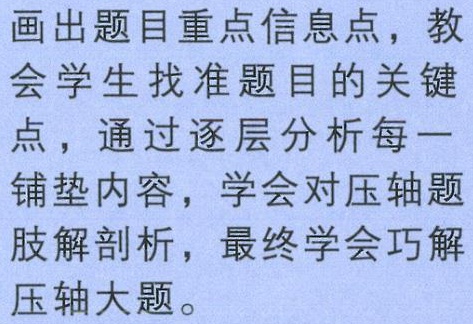
画出题目重点信息点，教会学生找准题目的关键点，通过逐层分析每一铺垫内容，学会对压轴题肢解剖析，最终学会巧解压轴大题。